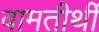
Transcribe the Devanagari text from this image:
वामतीर्थी